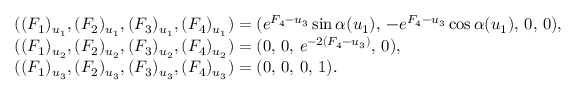
\begin{array} { r l } & { ( ( F _ { 1 } ) _ { u _ { 1 } } , ( F _ { 2 } ) _ { u _ { 1 } } , ( F _ { 3 } ) _ { u _ { 1 } } , ( F _ { 4 } ) _ { u _ { 1 } } ) = ( e ^ { F _ { 4 } - u _ { 3 } } \sin \alpha ( u _ { 1 } ) , \, - e ^ { F _ { 4 } - u _ { 3 } } \cos \alpha ( u _ { 1 } ) , \, 0 , \, 0 ) , } \\ & { ( ( F _ { 1 } ) _ { u _ { 2 } } , ( F _ { 2 } ) _ { u _ { 2 } } , ( F _ { 3 } ) _ { u _ { 2 } } , ( F _ { 4 } ) _ { u _ { 2 } } ) = ( 0 , \, 0 , \, e ^ { - 2 ( F _ { 4 } - u _ { 3 } ) } , \, 0 ) , } \\ & { ( ( F _ { 1 } ) _ { u _ { 3 } } , ( F _ { 2 } ) _ { u _ { 3 } } , ( F _ { 3 } ) _ { u _ { 3 } } , ( F _ { 4 } ) _ { u _ { 3 } } ) = ( 0 , \, 0 , \, 0 , \, 1 ) . } \end{array}